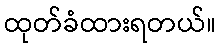
ထုတ်ခံထားရတယ်။